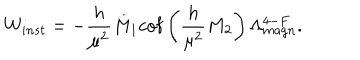
W _ { i n s t } = - \frac { h } { \mu ^ { 2 } } M _ { 1 } \mathrm { c o f } \left( \frac { h } { \mu ^ { 2 } } M _ { 2 } \right) \Lambda _ { m a g n } ^ { 4 - F } .